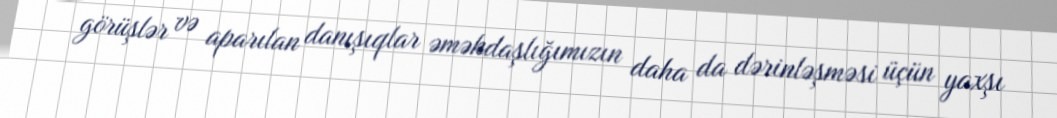
görüşlər və aparılan danışıqlar əməkdaşlığımızın daha da dərinləşməsi üçün yaxşı